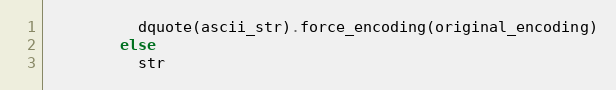
Language: Ruby
          dquote(ascii_str).force_encoding(original_encoding)
        else
          str